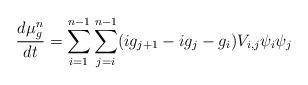
LaTeX: \begin{align*}\frac{d\mu_g^n}{dt} = \sum_{i=1}^{n-1}\sum_{j=i}^{n-1}(ig_{j+1}-ig_j-g_i)V_{i,j}\psi_i\psi_j \end{align*}